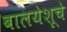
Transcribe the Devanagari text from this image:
बालयेशूचे